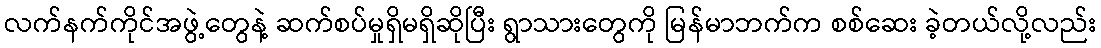
လက်နက်ကိုင်အဖွဲ့တွေနဲ့ ဆက်စပ်မှုရှိမရှိဆိုပြီး ရွာသားတွေကို မြန်မာဘက်က စစ်ဆေး ခဲ့တယ်လို့လည်း